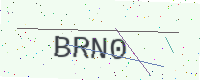
Text: BRN0